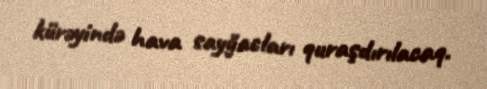
kürəyində hava sayğacları quraşdırılacaq.